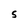
Character: 5